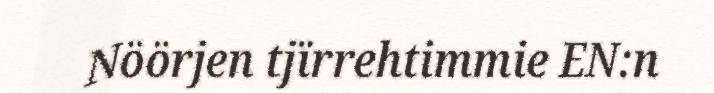
Nöörjen tjïrrehtimmie EN:n